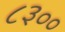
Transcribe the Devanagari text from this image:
८३००